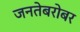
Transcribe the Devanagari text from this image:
जनतेबरोबर